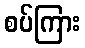
စပ်ကြား